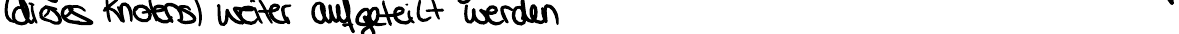
(dieses Knotens) weiter aufgeteilt werden